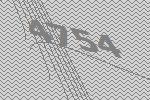
4754